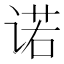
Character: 诺